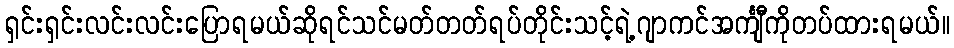
ရှင်းရှင်းလင်းလင်းပြောရမယ်ဆိုရင်သင်မတ်တတ်ရပ်တိုင်းသင့်ရဲ့ဂျာကင်အင်္ကျီကိုတပ်ထားရမယ်။